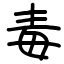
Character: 毒